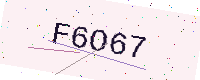
Text: F6O67